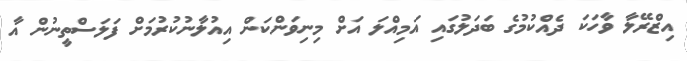
އިޒްރޭލާ ވާހަކަ ދެއްކުމުގެ ބަދަލުގައި އަމިއްލަ އަށް މިނިވަންކަން އިއުލާނުކުރުމަށް ފަލަސްތީނުން އާ